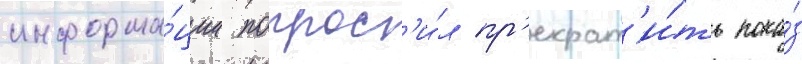
информа́ции попрос'и́л пр'екрат'и́ть пока́з